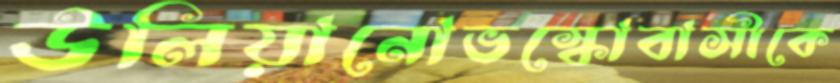
উলিয়ানোভস্কোবাসীকে